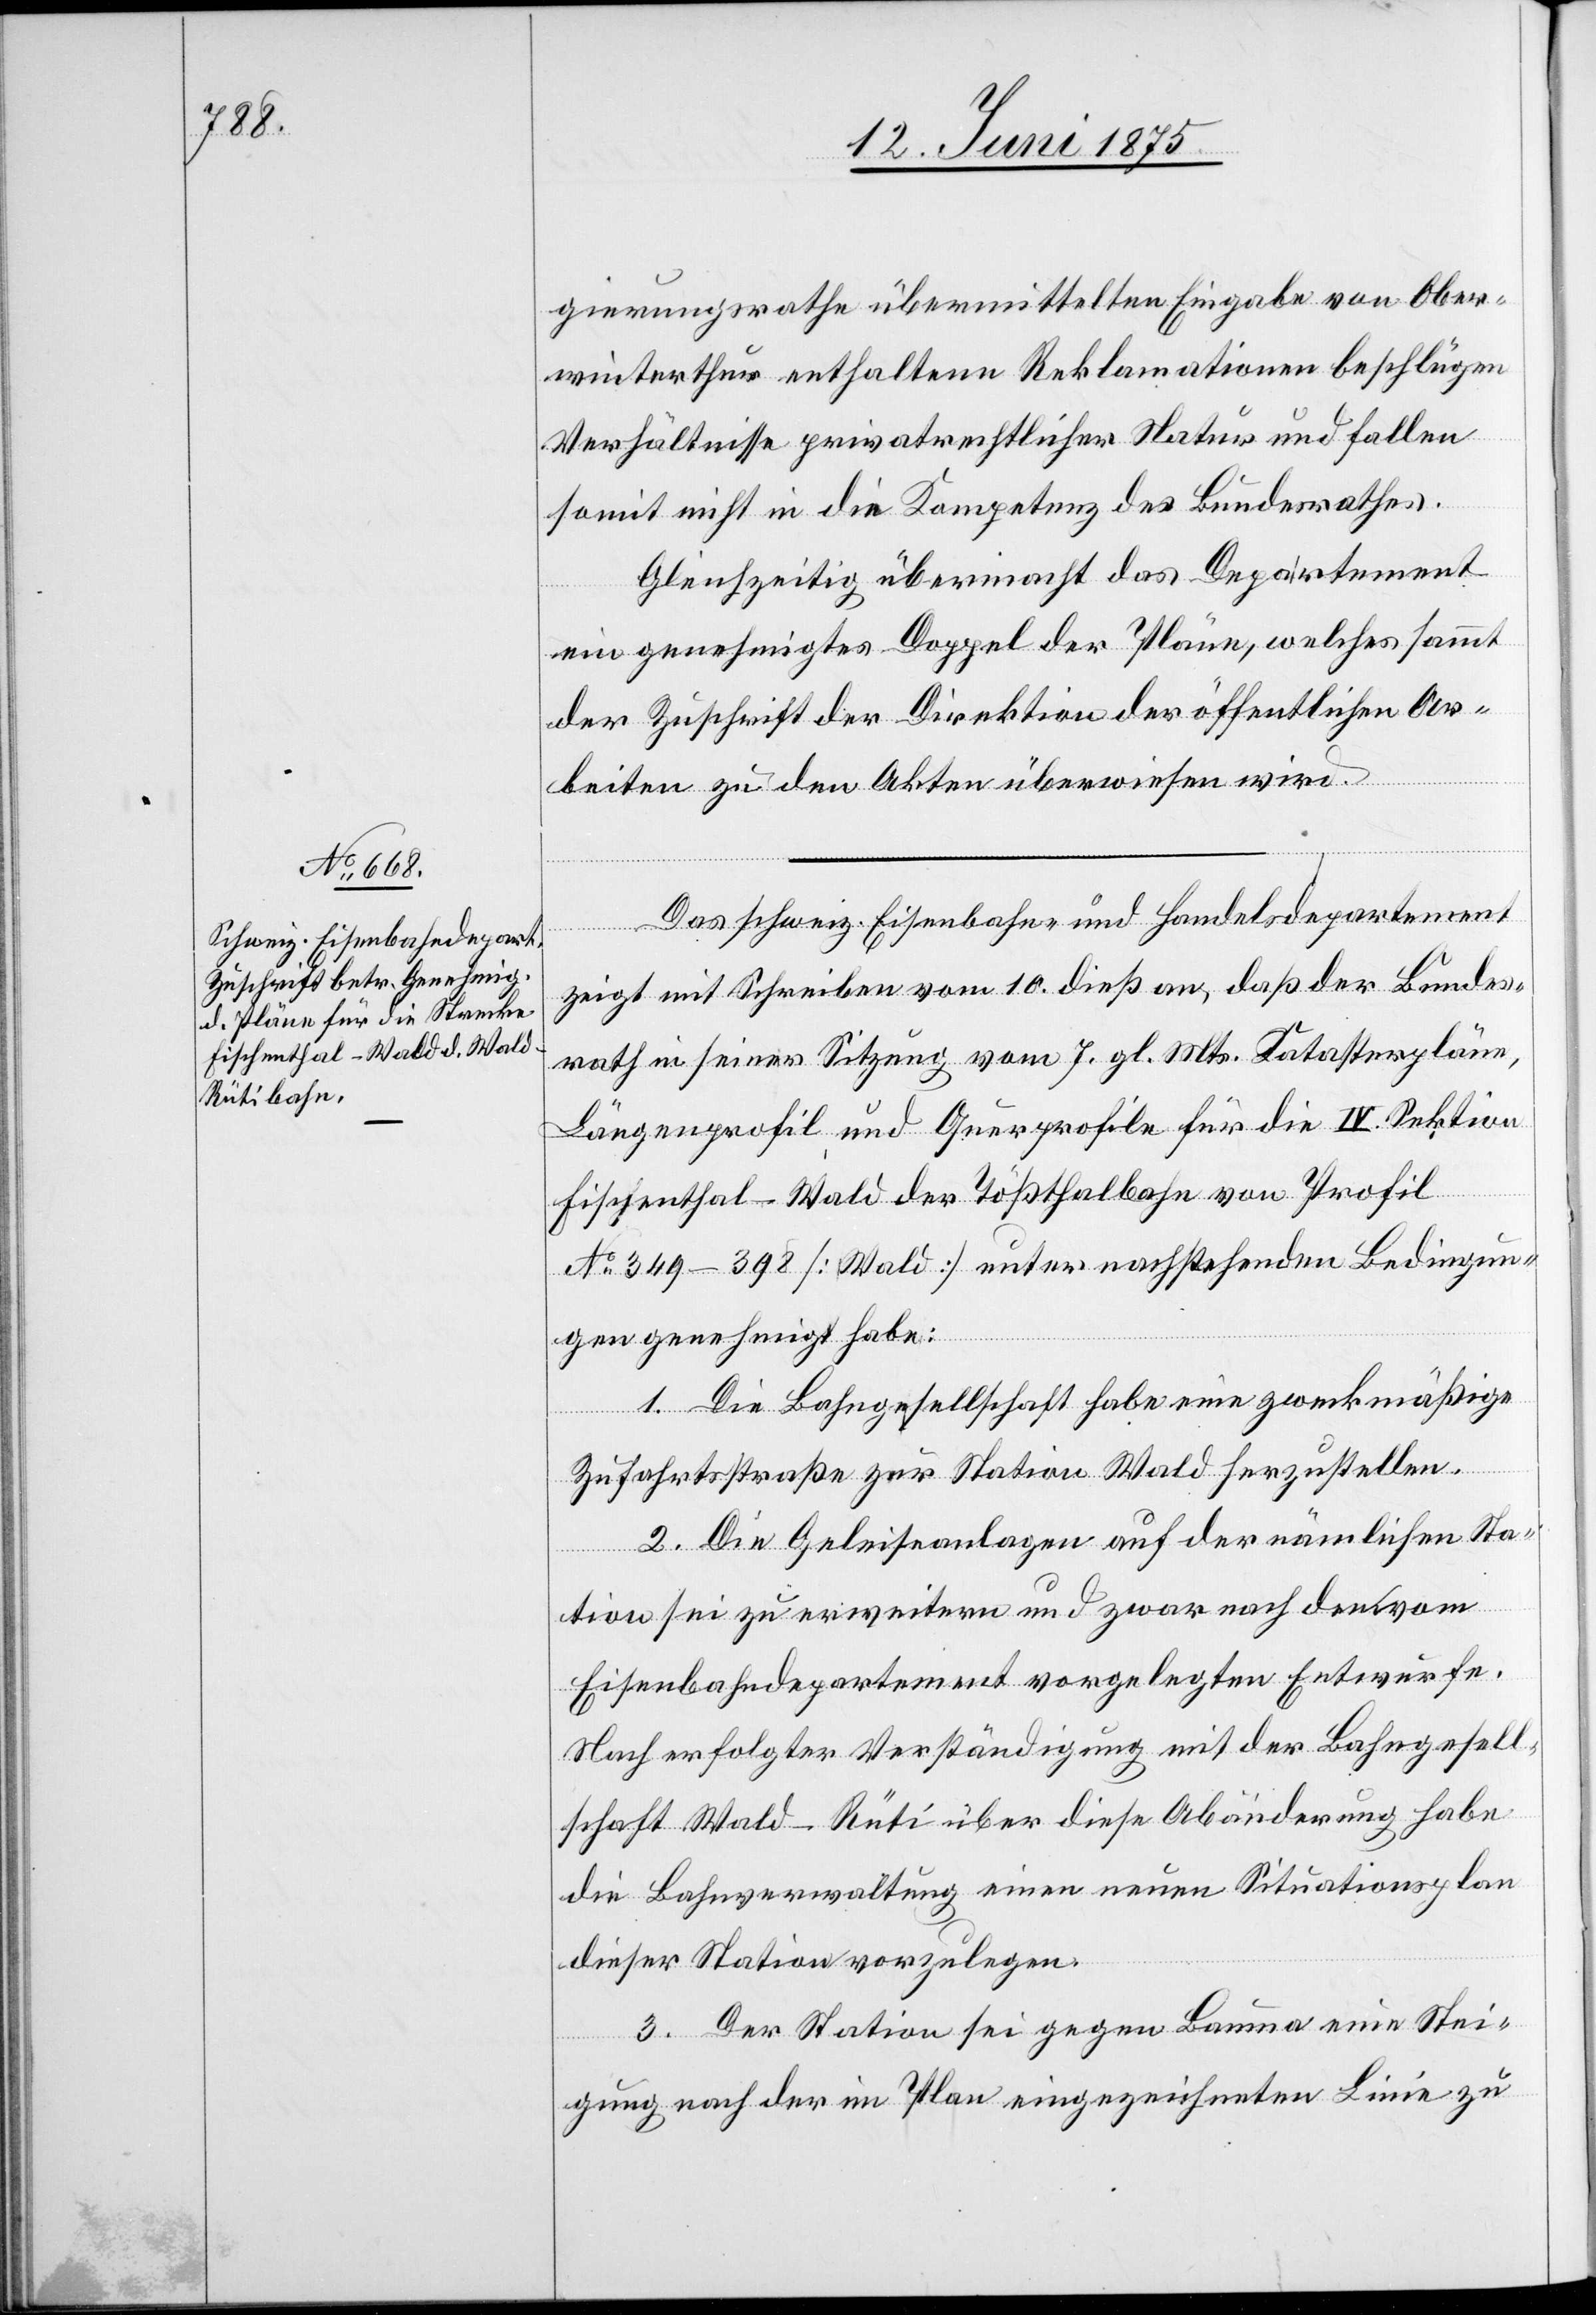
gierungsrathe übermittelten Eingabe von Ober¬
winterthur enthaltene Reklamationen beschlügen
Verhältnisse privatrechtlicher Natur und fallen
somit nicht in die Kompetenz des Bundesrathes.
Gleichzeitig übermacht das Departement
ein genehmigtes Doppel der Pläne, welches sammt
der Zuschrift der Direktion der öffentlichen Ar¬
beiten zu den Akten überwiesen wird.
Das schweiz. Eisenbahn und Handelsdepartement
zeigt mit Schreiben vom 10. dieß. an, daß der Bundes¬
rath in seiner Sitzung vom 7. gl. Mts. Katasterpläne,
Längenprofil und Querprofile für die IV. Sektion
Fischenthal–Wald der Tößthalbahn von Profil
No 349–398 [Wald] unter nachstehenden Bedingun¬
gen genehmigt habe:
1. Die Bahngesellschaft habe eine zweckmäßige
Zufahrtsstraße zur Station Wald herzustellen.
2. Die Geleiseanlagen auf der nämlichen Sta¬
tion sei zu erweitern und zwar nach dem vom
Eisenbahndepartement vorgelegten Entwurfe.
Nach erfolgter Verständigung mit der Bahngesell¬
schaft Wald–Rüti über diese Abänderung habe
die Bahnverwaltung einen neuen Situationsplan
dieser Station vorzulegen.
3. Der Station sei gegen Bauma eine Stei¬
gung nach der im Plan eingezeichneten Linie zu